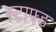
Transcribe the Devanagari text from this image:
स्टाफ्ड